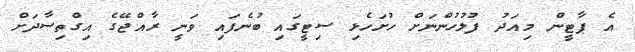
އެ ޕާޓީން މިއަދު ފުލުހުންނަށް ހުށަހެޅި ސިޓީގައި ބުނެފައި ވަނީ ރާއްޖޭގެ އިގްތިސާދަށް